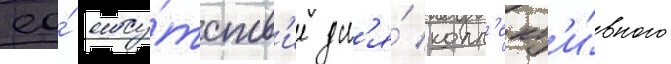
ео́ отсу́тств'ие дл'я́ колл'ект'и́вного